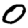
Digit: 0